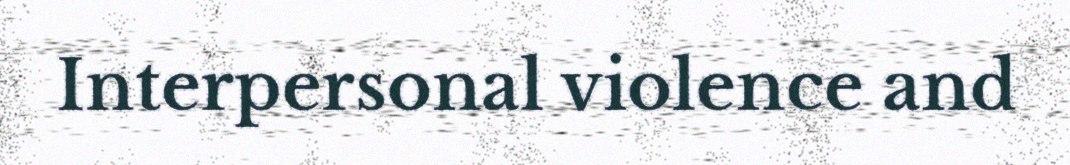
Interpersonal violence and